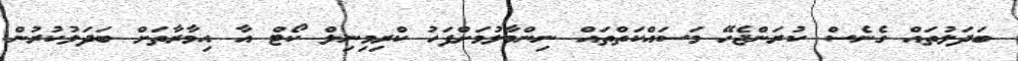
ބަދަލުތައް ގެނެސް ކުރަންޖެހޭ މަސައްކަތްތައް ނިންމާލުމަށްފަހު ކްރިމިނިލް ކޯޓް އާ އިމާރާތަށް ބަދަލުކުރުން